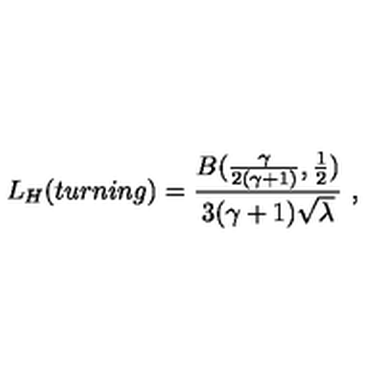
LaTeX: L _ { H } ( t u r n i n g ) = \frac { B ( \frac { \gamma } { 2 ( \gamma + 1 ) } , \frac 1 2 ) } { 3 ( \gamma + 1 ) \sqrt { \lambda } } \ ,